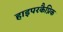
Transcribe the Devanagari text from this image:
हाइपरकैप्निक